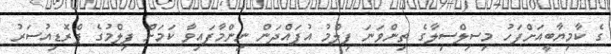
ގެ ކާމިޔާބީއަށްފަހު މިސިލްސިލާގެ ތިންވަނަ ފިލްމު އުފައްދަން ނިންމާފައިވާ ކަމަށް ފިލްމުގެ ޕްރޮޑިއުސަރު